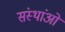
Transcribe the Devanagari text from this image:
संस्थांओं